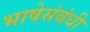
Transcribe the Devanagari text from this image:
भाषेसंबंधी